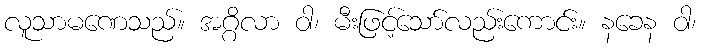
လူသာမဏေသည်။ အဂ္ဂိလာ ဝါ၊ မီးဖြင့်သော်လည်းကောင်း။ နခေန ဝါ၊